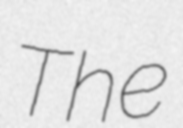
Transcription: The